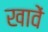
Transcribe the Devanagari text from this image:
खावें